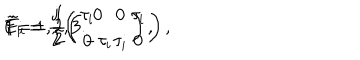
{ \tilde { E } } _ { i } = \frac { \mathrm { j } } { 2 } \left( \begin{array} { c c } { { \tau _ { i } } } & { { 0 } } \\ { { 0 } } & { { \tau _ { i } } } \\ \end{array} \right) , \hspace { 6 m m } { \tilde { F } } _ { i } = \frac { 1 } { 2 } \left( \begin{array} { c c } { { 0 } } & { { \tau _ { i } } } \\ { { - \tau _ { i } } } & { { 0 } } \\ \end{array} \right) , \hspace { 5 m m } i = 1 , 2 , 3 .